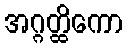
အဂ္ဂတ္ထိကော